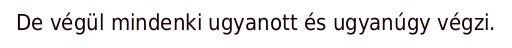
De végül mindenki ugyanott és ugyanúgy végzi.